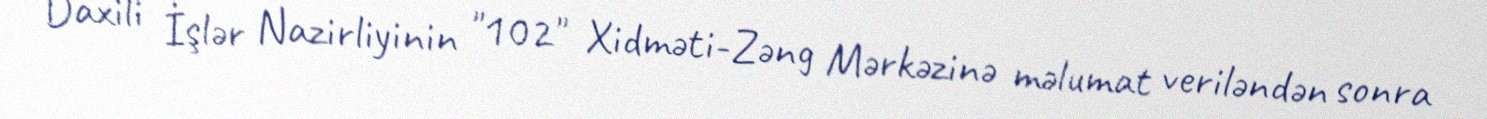
Daxili İşlər Nazirliyinin "102" Xidməti-Zəng Mərkəzinə məlumat veriləndən sonra